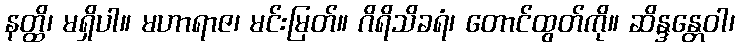
နတ္ထိ၊ မရှိပါ။ မဟာရာဇ၊ မင်းမြတ်။ ဂိရိသိခရံ၊ တောင်ထွတ်ကို။ ဆိန္ဒန္တေဝါ၊